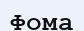
Фома